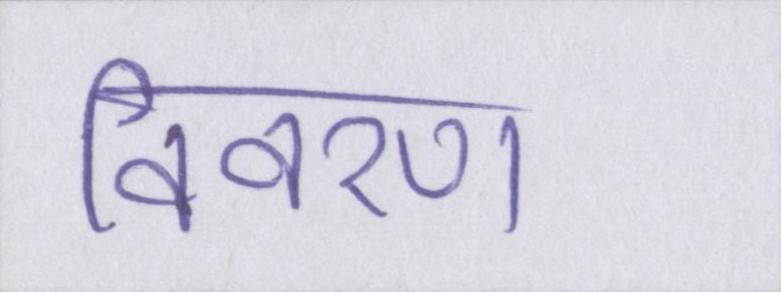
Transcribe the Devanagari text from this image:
विवरण